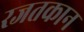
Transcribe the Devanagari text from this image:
रजतकान